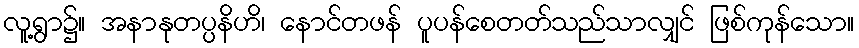
လူ့ရွာ၌။ အနာနုတပ္ပနိဟိ၊ နောင်တဖန် ပူပန်စေတတ်သည်သာလျှင် ဖြစ်ကုန်သော။